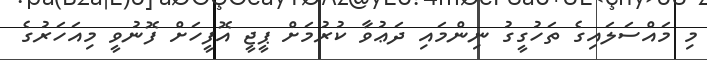
މި މައްސަލައިގެ ތަހުގީގު ނިންމައި ދަޢުވާ ކުރުމަށް ޕީޖީ އޮފީހަށް ފޮނުވީ މިއަހަރުގެ